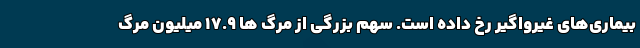
بیماری‌های غیرواگیر رخ داده است. سهم بزرگی از مرگ ها ۱۷.۹ میلیون مرگ